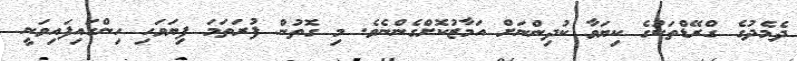
ދެމެދުގެ ގްރޭޑްތަކުގެ ކިޔަވާ ކުދިންނަށް އަމާޒުކޮށްގެންނެވެ. މި ގޮތުން ފުރަތަމަ ފިޔަވަހި ހިންގައިފައިވަނީ